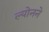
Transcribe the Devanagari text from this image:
ल्योनने